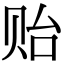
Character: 贻